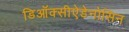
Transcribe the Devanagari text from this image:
डिऑक्सीऐडेनोसिन